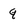
Character: q